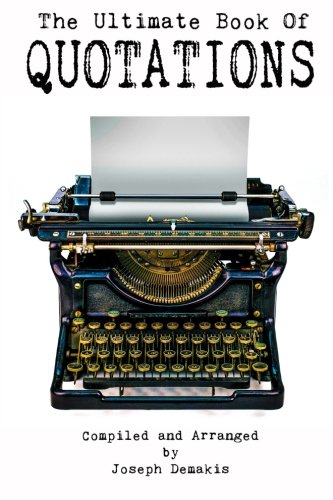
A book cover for The Ultimate Book of Quotations; Joseph M Demakis; Reference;